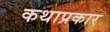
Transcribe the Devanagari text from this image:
कथाप्रकार